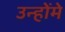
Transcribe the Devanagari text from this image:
उन्होंमे